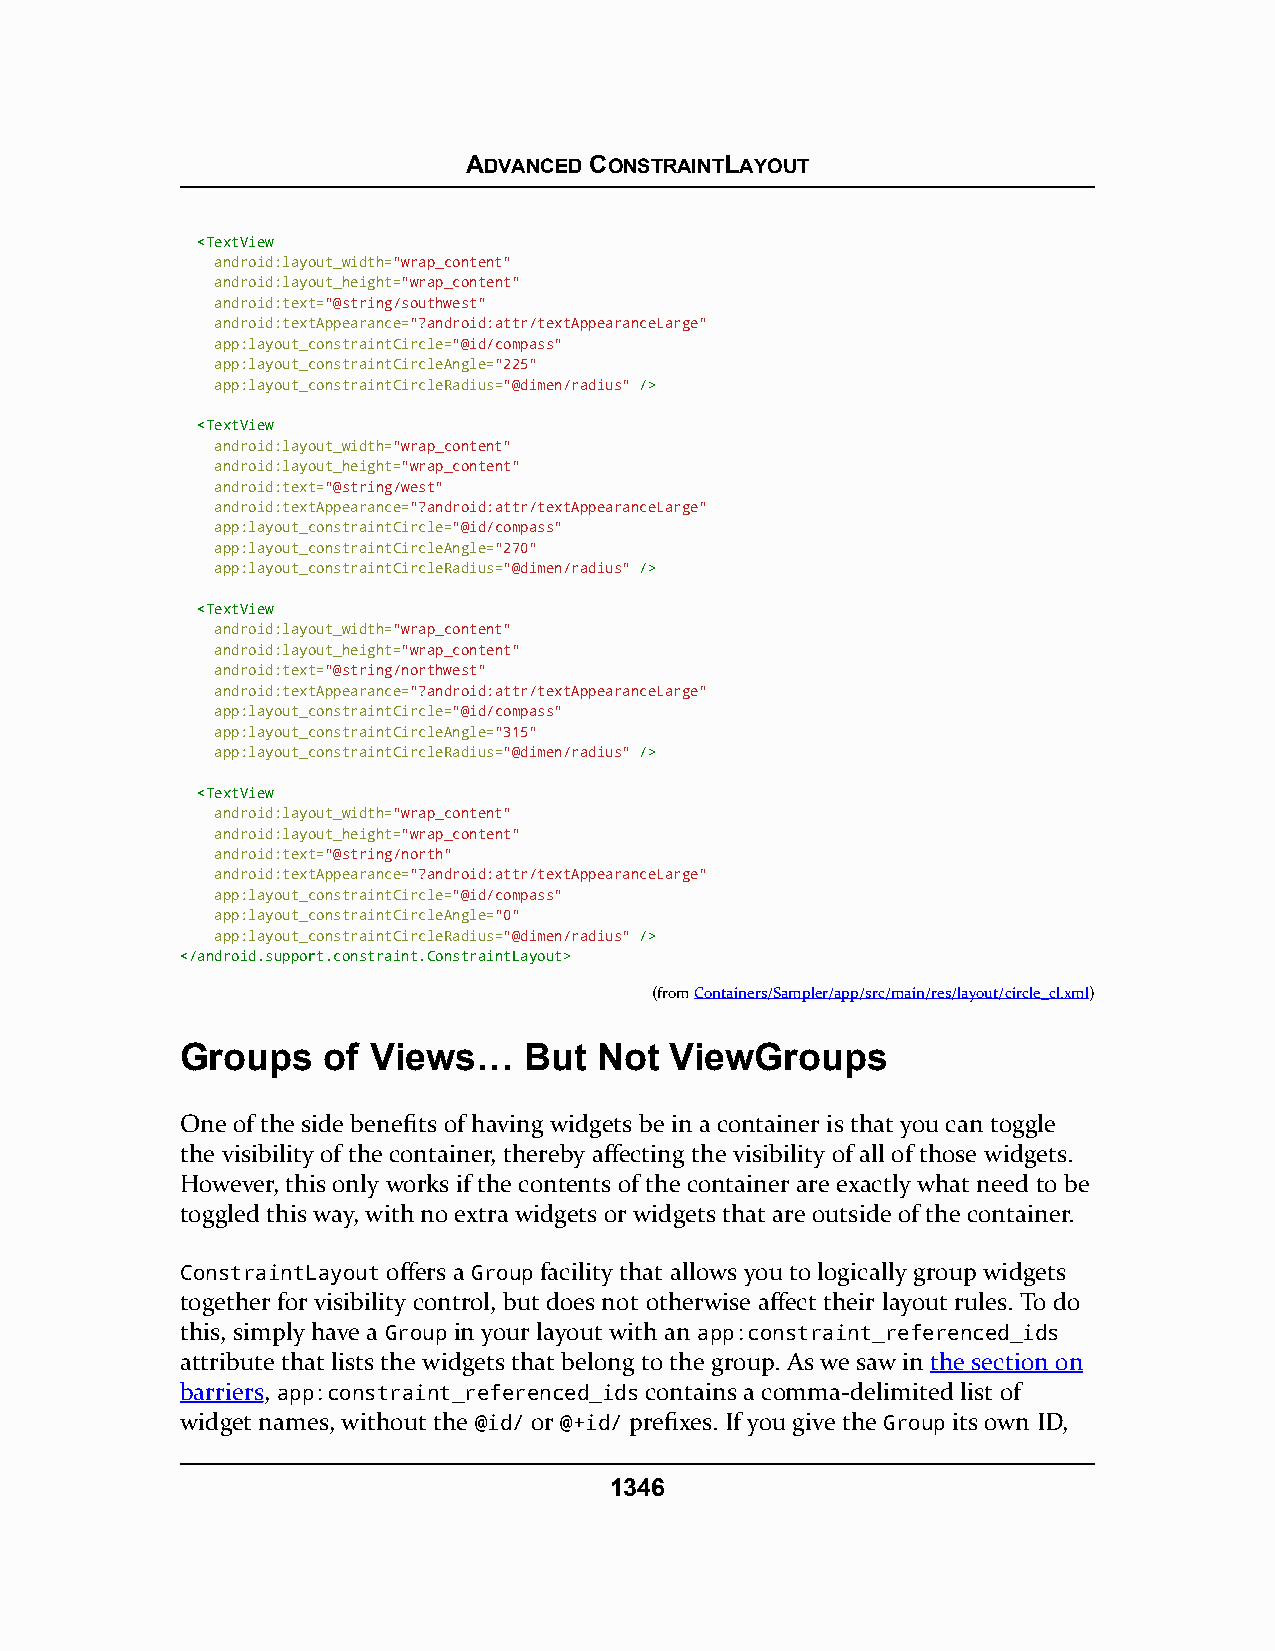
ADVANCED CONSTRAINTLAYOUT
 <<TTeexxttVViieeww
 android:layout_width="wrap_content"
 android:layout_height="wrap_content"
 android:text="@string/southwest"
 android:textAppearance="?android:attr/textAppearanceLarge"
 app:layout_constraintCircle="@id/compass"
 app:layout_constraintCircleAngle="225"
 app:layout_constraintCircleRadius="@dimen/radius" //>>
 <<TTeexxttVViieeww
 android:layout_width="wrap_content"
 android:layout_height="wrap_content"
 android:text="@string/west"
 android:textAppearance="?android:attr/textAppearanceLarge"
 app:layout_constraintCircle="@id/compass"
 app:layout_constraintCircleAngle="270"
 app:layout_constraintCircleRadius="@dimen/radius" //>>
 <<TTeexxttVViieeww
 android:layout_width="wrap_content"
 android:layout_height="wrap_content"
 android:text="@string/northwest"
 android:textAppearance="?android:attr/textAppearanceLarge"
 app:layout_constraintCircle="@id/compass"
 app:layout_constraintCircleAngle="315"
 app:layout_constraintCircleRadius="@dimen/radius" //>>
 <<TTeexxttVViieeww
 android:layout_width="wrap_content"
 android:layout_height="wrap_content"
 android:text="@string/north"
 android:textAppearance="?android:attr/textAppearanceLarge"
 app:layout_constraintCircle="@id/compass"
 app:layout_constraintCircleAngle="0"
 app:layout_constraintCircleRadius="@dimen/radius" //>>
 <<//aannddrrooiidd..ssuuppppoorrtt..ccoonnssttrraaiinntt..CCoonnssttrraaiinnttLLaayyoouutt>>
 (fromContainers/Sampler/app/src/main/res/layout/circle_cl.xml)
 Groups   of Views…     But  Not ViewGroups
 One of the side benefits of having widgets be in a container is that you can toggle
 the visibility of the container, thereby affecting the visibility of all of those widgets.
 However, this only works if the contents of the container are exactly what need to be
 toggled this way, with no extra widgets or widgets that are outside of the container.
 ConstraintLayout offers a Group facility that allows you to logically group widgets
 together for visibility control, but does not otherwise affect their layout rules. To do
 this, simply have a Group in your layout with an app:constraint_referenced_ids
 attribute that lists the widgets that belong to the group. As we saw in the section on
 barriers, app:constraint_referenced_ids contains a comma-delimited list of
 widget names, without the @id/ or @+id/ prefixes. If you give the Group its own ID,
 1346